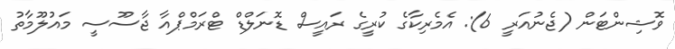
ވޮޝިންޓަން (ޖެނުއަރީ 6): އެމެރިކާގެ ކުރީގެ ރައީސް ޑޮނަލްޑް ޓްރަމްޕްއާ ޖާސޫސީ މައުލޫމާތު